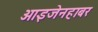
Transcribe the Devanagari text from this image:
आइजेनहाबर